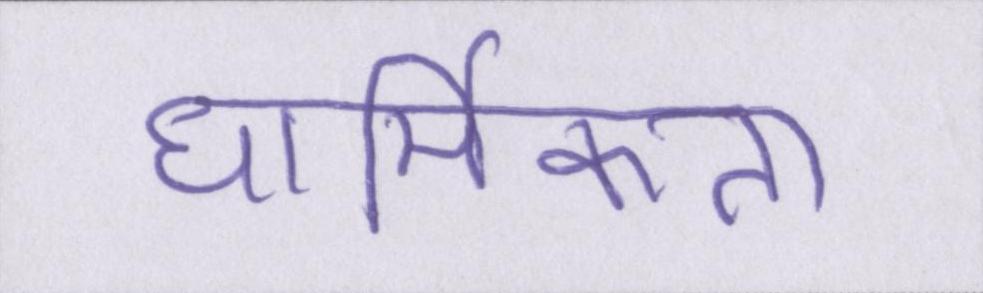
धार्मिकता